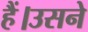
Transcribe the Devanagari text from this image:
हैं।उसने